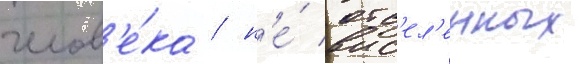
челов'е́ка / н'е́ отс'ел'енных